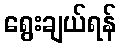
ရွေးချယ်ရန်